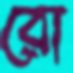
রো